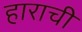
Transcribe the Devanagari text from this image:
हाराची